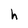
Character: h